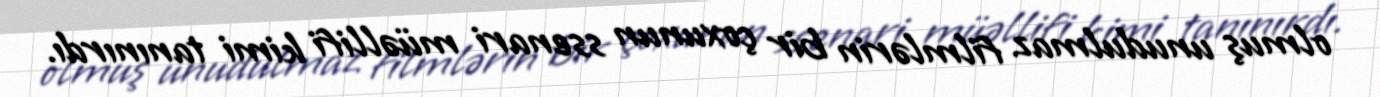
olmuş unudulmaz filmlərin bir çoxunun ssenari müəllifi kimi tanınırdı.